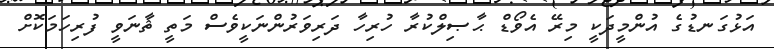
އަޅުގަނޑުގެ އުންމީދަކީ މިރޭ އެވޯޑް ޙާޞިލްކުރާ ހުރިހާ ދަރިވަރުންނަކީވެސް މަތީ ޘާނަވީ ފުރިހަމަކޮށް